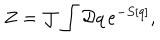
Z = { \cal J } \int { \cal D } q \, e ^ { - S [ q ] } ,